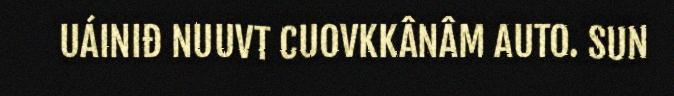
UÁINIĐ NUUVT CUOVKKÂNÂM AUTO. SUN